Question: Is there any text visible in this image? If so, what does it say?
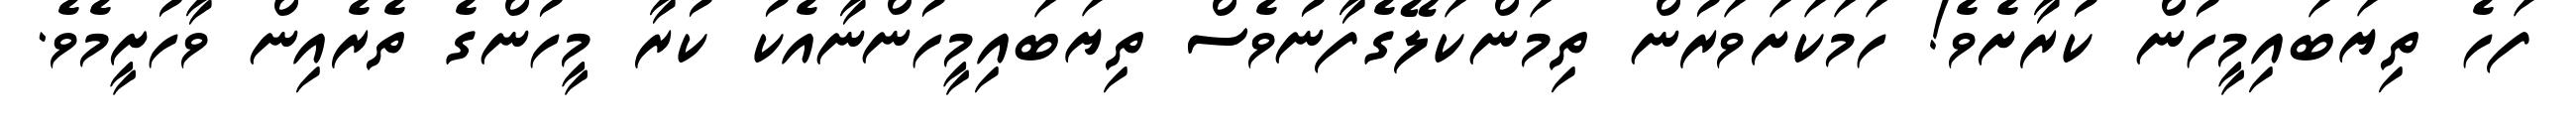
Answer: ފަހެ ތިޔަބައިމީހުން ކުރާށެވެ! ހަމަކަށަވަރުން ތިމަންކަލޭގެފާނުވެސް ތިޔަބައިމީހުންނާއެކު ކުރާ މީހުންގެ ތެރެއިން ވާހުށީމެވެ.